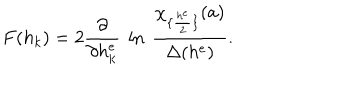
LaTeX: F ( h _ { k } ) = 2 { \frac { \partial } { \partial h _ { k } ^ { e } } } ~ \ln \ { \frac { \chi _ { \{ { \frac { h ^ { e } } { 2 } } \} } ( a ) } { \Delta ( h ^ { e } ) } } .